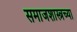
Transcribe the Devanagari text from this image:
समाजशास्त्रच्या